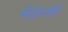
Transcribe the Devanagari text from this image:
मेदेस्की